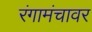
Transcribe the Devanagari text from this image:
रंगामंचावर